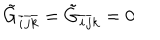
LaTeX: \tilde { G } _ { \bar { i } \bar { j } \bar { k } } = \tilde { G } _ { \bar { i } \bar { j } k } = 0